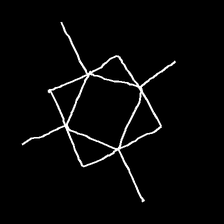
Glyph: light